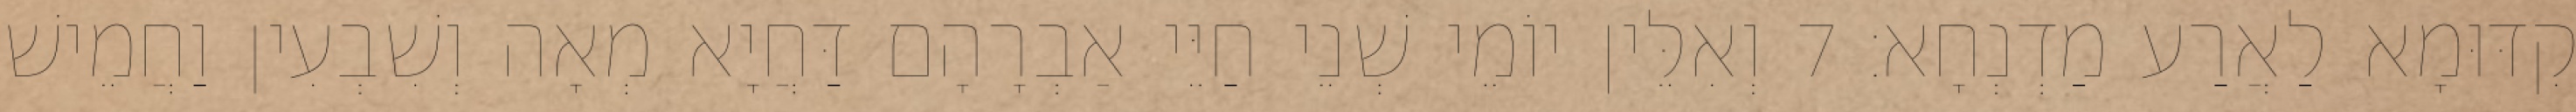
קִדּוּמָא לַאֲרַע מַדְנְחָא׃ 7 וְאִלֵּין יוֹמֵי שְׁנֵי חַיֵּי אַבְרָהָם דַּחֲיָא מְאָה וְשִׁבְעִין וַחֲמֵישׁ